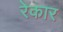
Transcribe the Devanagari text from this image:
रेकार